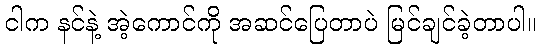
ငါက နင်နဲ့ အဲ့ကောင်ကို အဆင်ပြေတာပဲ မြင်ချင်ခဲ့တာပါ။